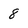
Character: 8